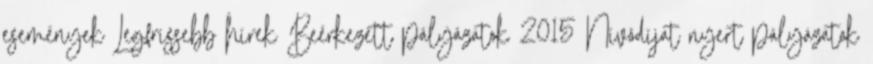
események Legfrissebb hírek Beérkezett pályázatok 2015 Nívódíjat nyert pályázatok